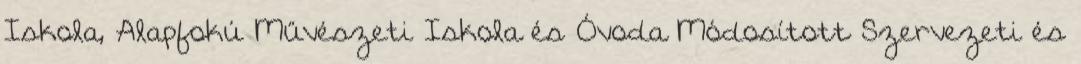
Iskola, Alapfokú Művészeti Iskola és Óvoda Módosított Szervezeti és